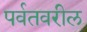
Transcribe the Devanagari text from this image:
पर्वतवरील